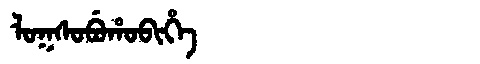
Manchu: ᠯᠣᡴᠰᠣᠪᡠᡥᠣᠪᡳᡥᡝ
Romanization: LOKSOBUHOBIHE